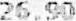
26.90